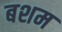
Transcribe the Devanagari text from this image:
बशम